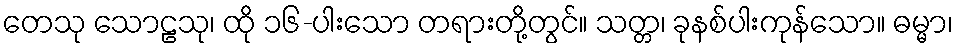
တေသု သောဠသု၊ ထို ၁၆-ပါးသော တရားတို့တွင်။ သတ္တ၊ ခုနစ်ပါးကုန်သော။ ဓမ္မာ၊